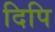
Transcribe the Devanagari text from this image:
दिपि